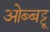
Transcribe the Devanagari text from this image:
ओब्बट्टू